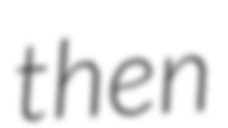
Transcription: then